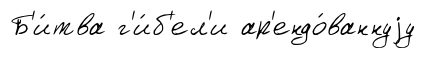
Б'и́тва г'и́б'ел'и ар'ендо́ваннуjу